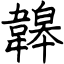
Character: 韟